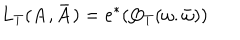
L _ { T } ( { \bf A } , { \bf \bar { A } } ) = e ^ { * } ( Q _ { T } ( \omega . \bar { \omega } ) )